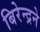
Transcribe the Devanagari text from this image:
बिरेन्द्रने